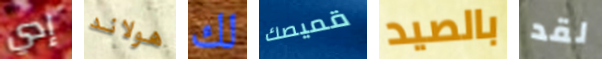
إدي هولاند لك قميصك بالصيد لقد